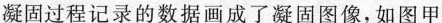
凝固过程记录的数据画成了凝固图像，如图甲：